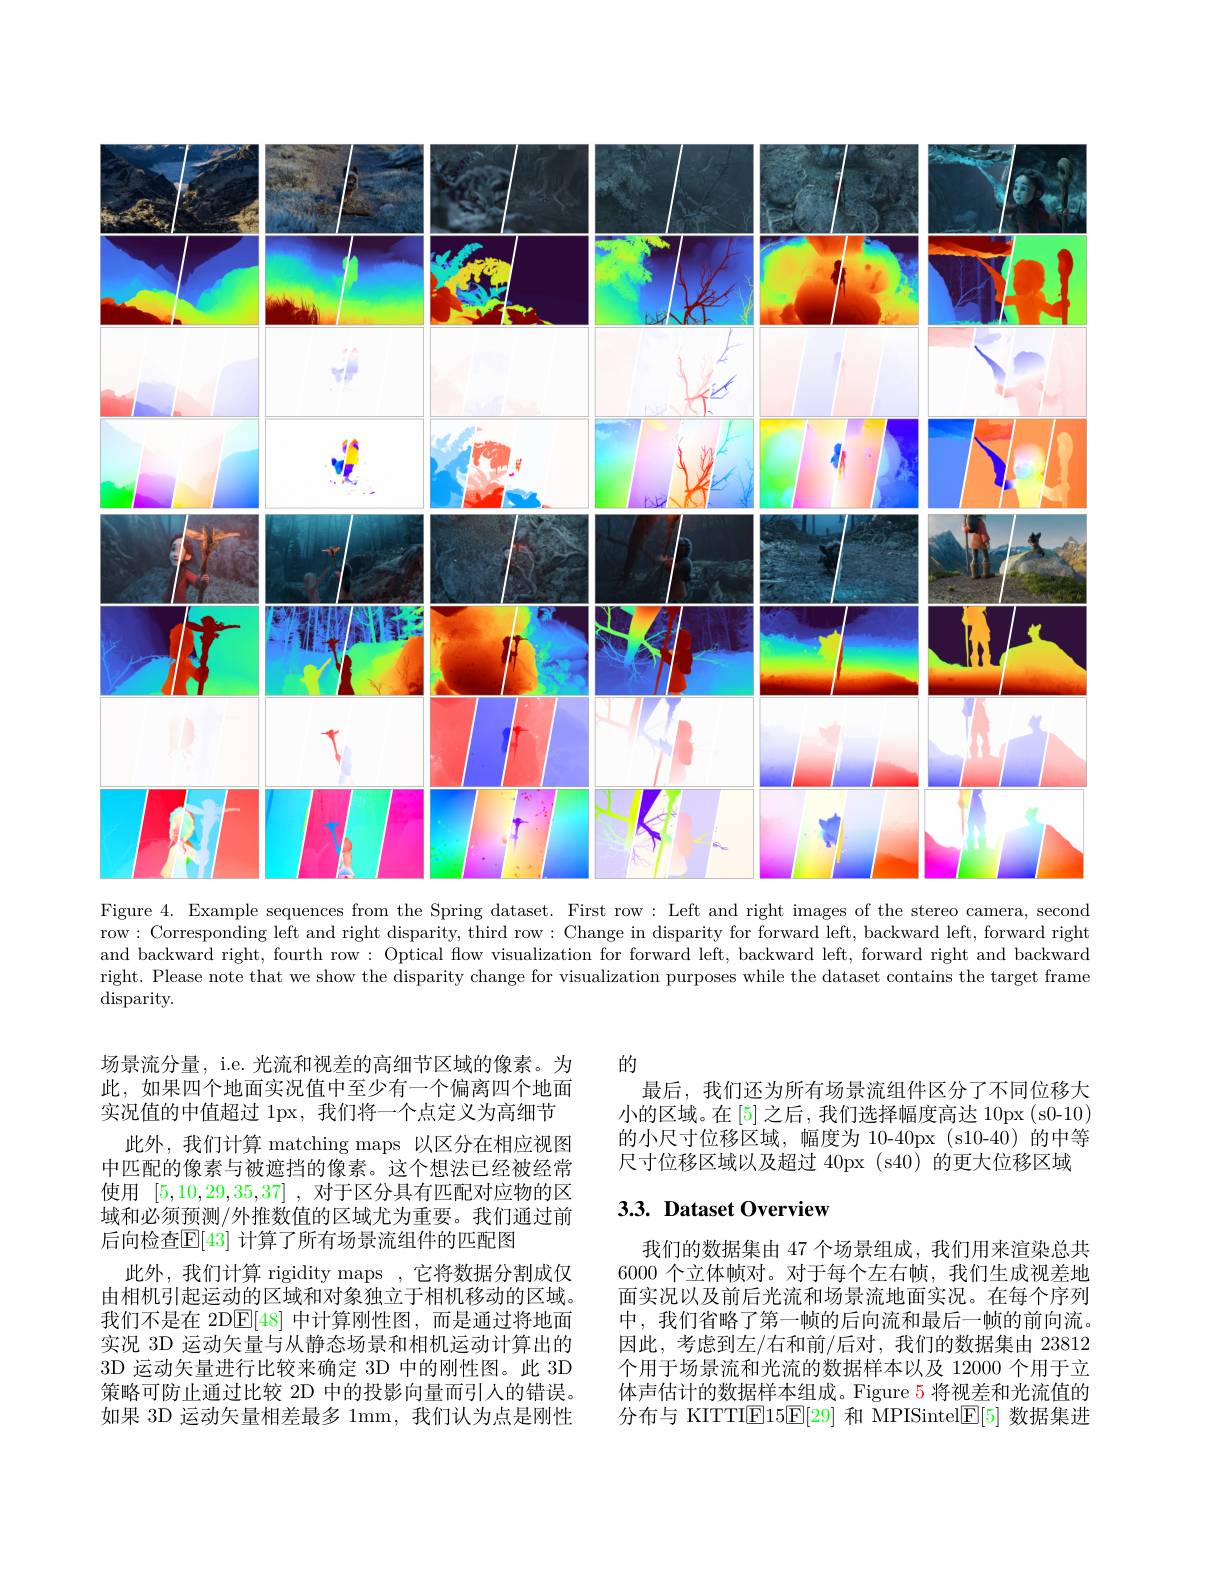
<FigureHere>
Figure 4. Example sequences from the Spring dataset. First row: Left and right images of the stereo camera, second

row: Corresponding left and right disparity, third row: Change in disparity for forward left, backward left, forward right and backward right, fourth row : Optical flow visualization for forward left, backward left, forward right and backward right. Please note that we show the disparity change for visualization purposes while the dataset contains the target frame disparity.

场景流分量，i.e. 光流和视差的高细节区域的像素。为此，如果四个地面实况值中至少有一个偏离四个地面实况值的中值超过 1px,我们将一个点定义为高细节
此外，我们计算 matching maps 以区分在相应视图中匹配的像素与被遮挡的像素。这个想法已经被经常使用[5,10,29,35,37] ,对于区分具有匹配对应物的区域和必须预测/外推数值的区域尤为重要。我们通过前后向检查$\overline{\mathbb{E}}[43]$ 计算了所有场景流组件的匹配图
此外，我们计算 rigidity maps ,它将数据分割成仅由相机引起运动的区域和对象独立于相机移动的区域。我们不是在 2D$\overline{\mathbb{E}}[48]$中计算刚性图，而是通过将地面实况 3D 运动矢量与从静态场景和相机运动计算出的3D 运动矢量进行比较来确定 3D 中的刚性图。此 3D 策略可防止通过比较 2D 中的投影向量而引人的错误。如果 3D 运动矢量相差最多 1mm, 我们认为点是刚性

的
最后，我们还为所有场景流组件区分了不同位移大小的区域。在$\left[5\right]$之后，我们选择幅度高达 10px(s0-10) 的小尺寸位移区域，幅度为 10-40px (s10-40) 的中等尺寸位移区域以及超过 40px (s40)的更大位移区域

## 3.3. Dataset Overview

我们的数据集由 47 个场景组成，我们用来渲染总共6000 个立体帧对。对于每个左右帧，我们生成视差地面实况以及前后光流和场景流地面实况。在每个序列中，我们省略了第一帧的后向流和最后一帧的前向流。因此，考虑到左/右和前/后对，我们的数据集由 23812个用于场景流和光流的数据样本以及 12000 个用于立体声估计的数据样本组成。Figure 5 将视差和光流值的分布与 KITTIE15E[29]和 MPISintel$\overline {E}$[ 5] 数据集进